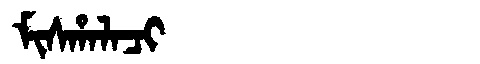
Manchu: ᠮᡳᠰᡥᠠᠯᠠᠴᡳ
Romanization: MISHALACI